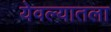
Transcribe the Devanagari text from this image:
येवल्यातला